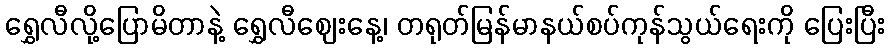
ရွှေလီလို့ပြောမိတာနဲ့ ရွှေလီဈေးနေ့၊ တရုတ်မြန်မာနယ်စပ်ကုန်သွယ်ရေးကို ပြေးပြီး